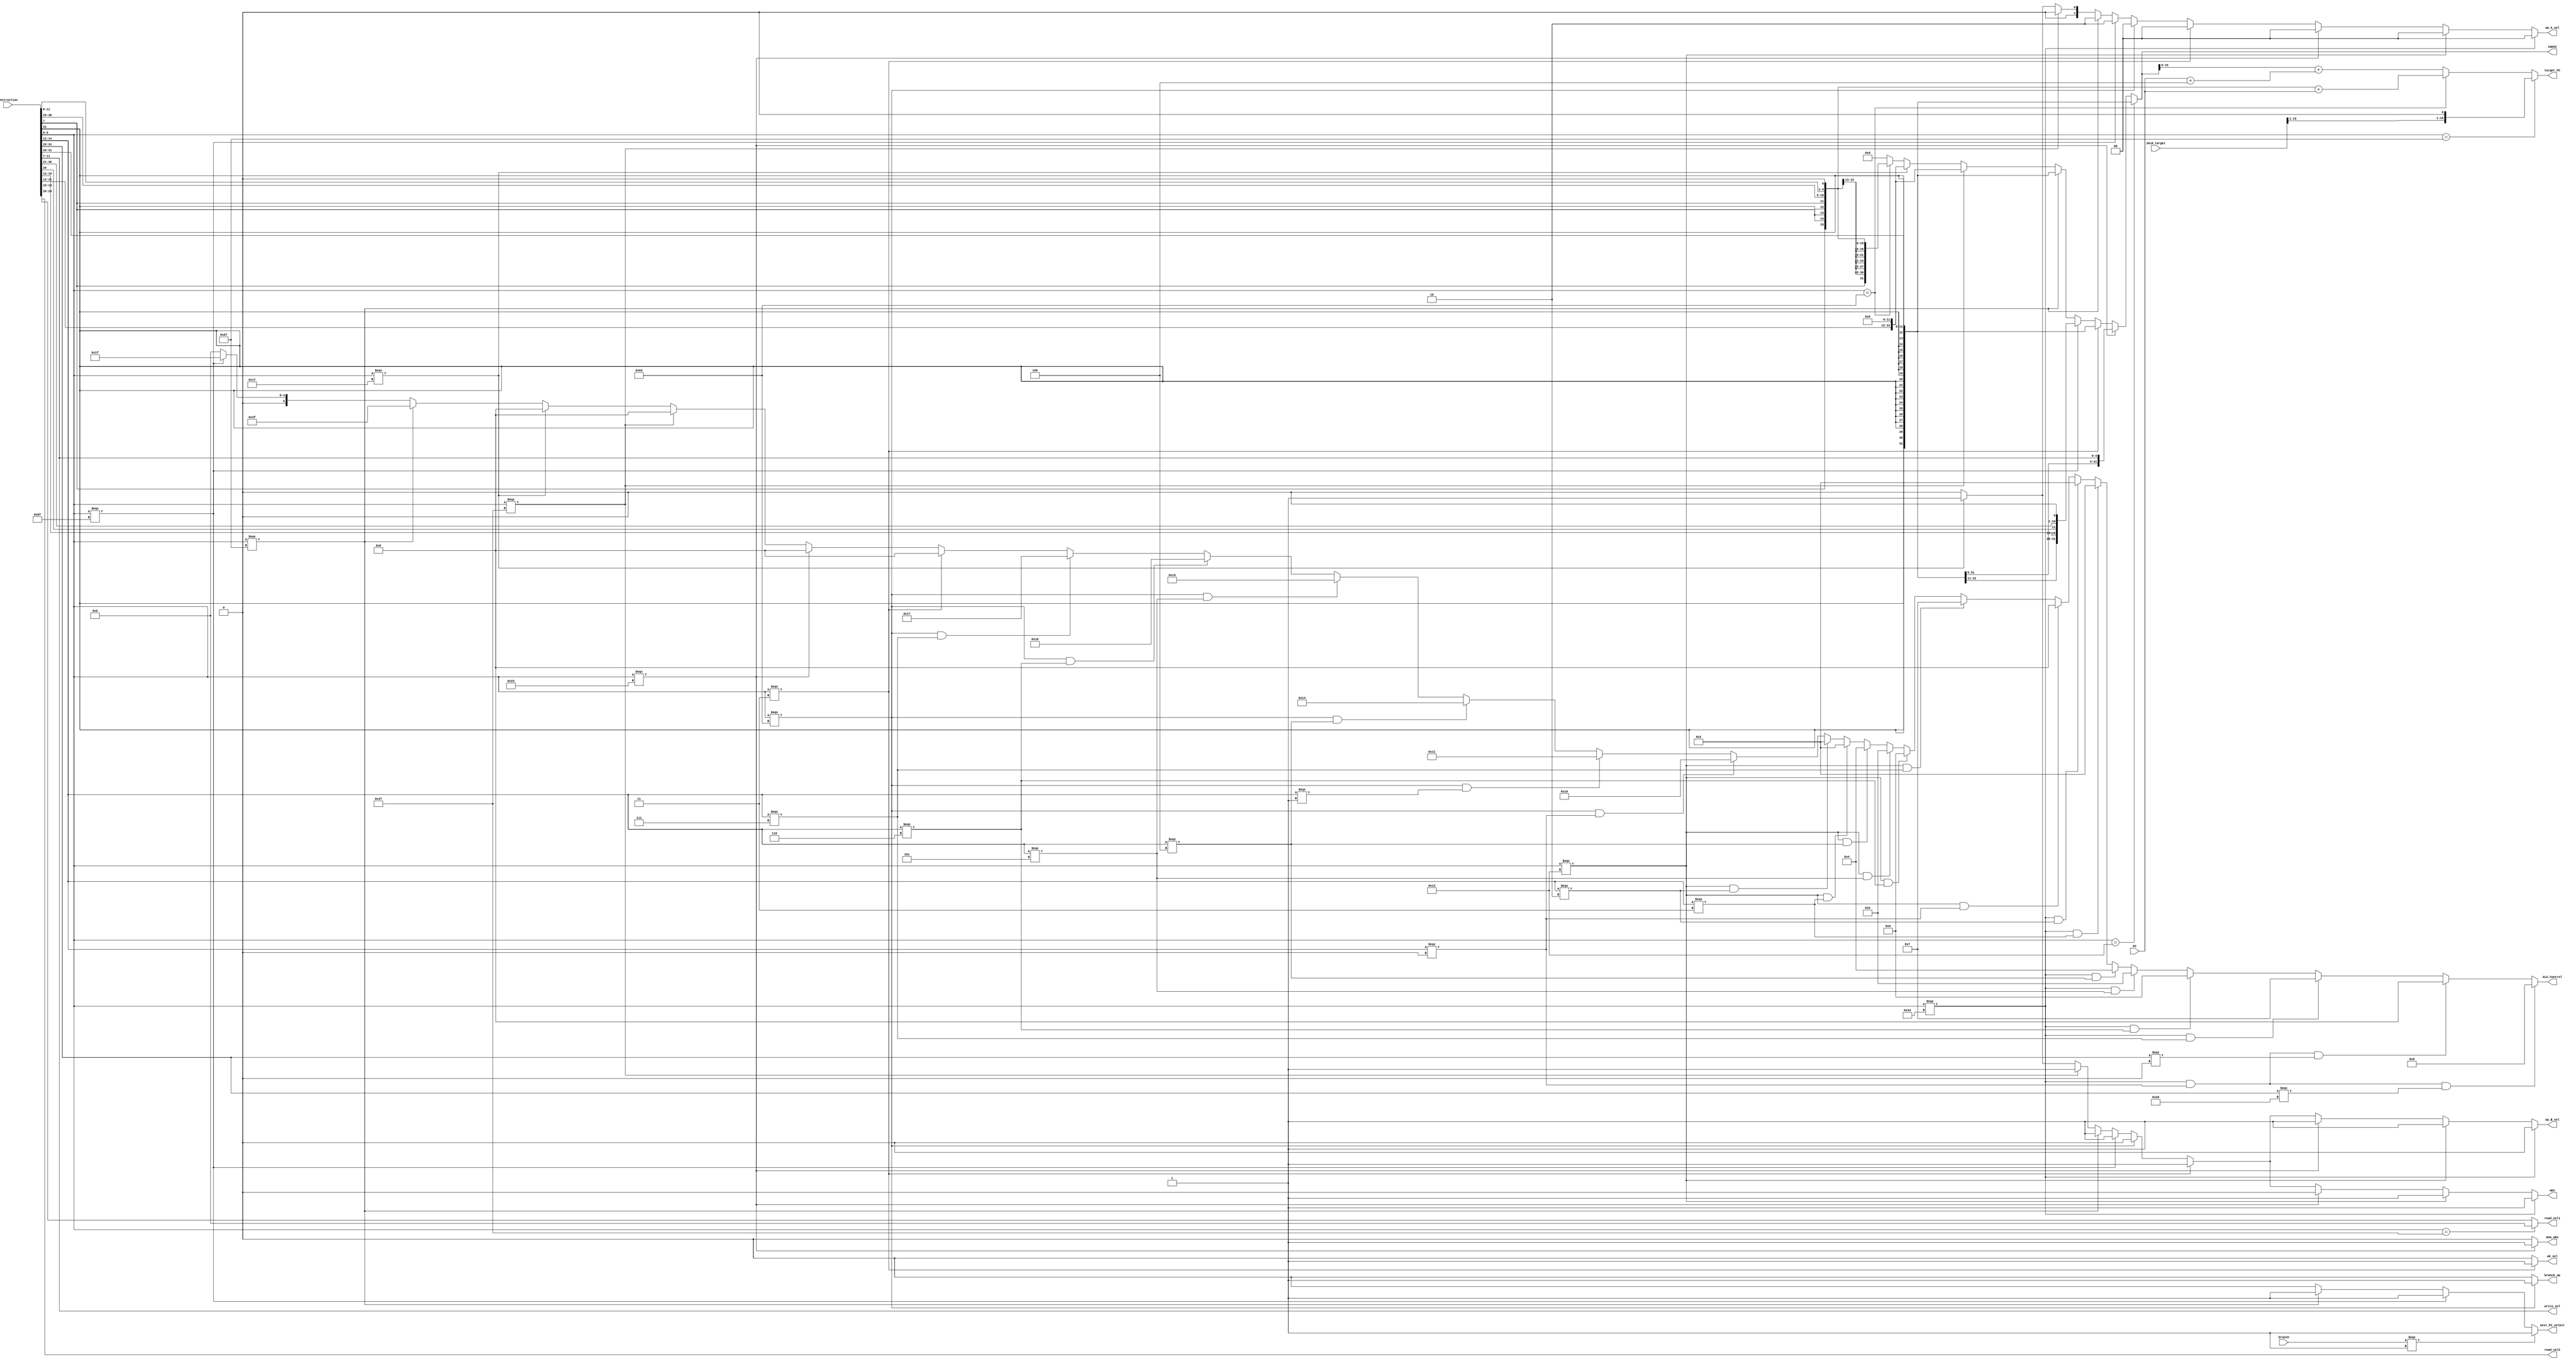
// Name: Jonathan Hall
// Pipelined RISC-V Processor


module decode #(
  parameter ADDRESS_BITS = 16  //parameters are constants, thus you cant change their value at runtime <- note 
) (
  // Inputs from Fetch
  input [ADDRESS_BITS-1:0] PC, //curent PC value
  input [31:0] instruction,   //the the 32 bit instruction we are decoding ig

  // Inputs from Execute/ALU    
  input [ADDRESS_BITS-1:0] JALR_target,  //target of JALR instruction 
  input branch,      //Result of a branch instruction, 1 means branch taken (true), 0 means not taken (false)

  // Outputs to Fetch
  output next_PC_select, //select (equivalent to PCsrc mux) 0 is PC+4, 1 is target_PC 
  output [ADDRESS_BITS-1:0] target_PC,   //selected if above is 1

  // Outputs to Reg File  - these are all inputs to Reg File
  output [4:0] read_sel1,  //read Address 1
  output [4:0] read_sel2,  //read address 2
  output [4:0] write_sel,  //write Addr
  output wEn,    //write enable

  // Outputs to Execute/ALU   - 
  output branch_op, // Tells ALU if this is a branch instruction (yes)
  output [31:0] imm32,  //the immediate
  output [1:0] op_A_sel,  //Select for the ALU operand_A input (00 for read_data_1, 01 for PC, 10 for PC+4)
  output op_B_sel,  //Select for ALU operand_B input (0 for from read Data 2, 1 for Imm32)
  output [5:0] ALU_Control, //tells ALU operation

  // Outputs to Memory
  output mem_wEn, //write to memory

  // Outputs to Writeback
  output wb_sel //1 if writeback value is read from memory 0 if writeback value comes from ALU

);

localparam [6:0]R_TYPE  = 7'b0110011, //wEn  //data2
                I_TYPE  = 7'b0010011, //wEn  //imm32
                STORE   = 7'b0100011, //NO   //imm32  //memWrite
                LOAD    = 7'b0000011, //wEn  //imm32
                BRANCH  = 7'b1100011, //NO   //data2
                JALR    = 7'b1100111, //wEn  //imm32
                JAL     = 7'b1101111,  //wEn 
                AUIPC   = 7'b0010111, //wEn
                LUI     = 7'b0110111; //wEn


// Internal Wires
wire[6:0]  s_imm_msb;
wire[4:0]  s_imm_lsb;
wire[19:0] u_imm;
wire[11:0] i_imm_orig;
wire[11:0] s_imm_orig;
wire[12:0] b_imm_orig;
wire[19:0] lui_imm;

wire[31:0] b_imm_32;
wire[31:0] u_imm_32;
wire[31:0] i_imm_32;
wire[31:0] s_imm_32;
wire[31:0] uj_imm_32;
wire[31:0] lui_imm_32;

wire [6:0] opcode;
wire [6:0] funct7;
wire [2:0] funct3;
wire [1:0] extend_sel;
wire [ADDRESS_BITS-1:0] branch_target;
wire [ADDRESS_BITS-1:0] JAL_target;


// Read registers
assign read_sel2  = instruction[24:20];
assign read_sel1  = (opcode == LUI) ? 5'b0 : instruction[19:15]; //Adding x0 to upper instruction in ALU, in order to writeback the lui_imm_32

/* Instruction decoding */
assign opcode = instruction[6:0];
assign funct7 = instruction[31:25];
assign funct3 = instruction[14:12];

/* Write register */
assign write_sel = instruction[11:7];


/******************************************************************************
*                      Start Your Code Here
******************************************************************************/

//I-type imm's
assign i_imm_orig = instruction[31:20];
assign i_imm_32 = {{20{i_imm_orig[11]}},i_imm_orig};
//S-type imm's
assign s_imm_msb = instruction[31:25];
assign s_imm_lsb = instruction[11:7];
assign s_imm_orig = {s_imm_msb, s_imm_lsb};
assign s_imm_32 = {{20{s_imm_orig[11]}},s_imm_orig};
//U-type imm's
assign u_imm = instruction[31:12];
assign u_imm_32 = { {12{u_imm[19]}},u_imm };
//Branch imm's
//Note: we have assumed that the immediate value provided for branch instructions only needs shifted left once.
assign b_imm_orig = { instruction[31], instruction[7], instruction[30:25], instruction[11:8], 1'b0 }; //shift left 1
assign b_imm_32 = { {19{b_imm_orig[11]}}, b_imm_orig }; 
//imm for JAL
assign uj_imm_32 = { {11{u_imm[19]}},{u_imm[19]},{u_imm[7:0]},{u_imm[8]},{u_imm[18:9]},1'b0 };
//imm for LUI
assign lui_imm = instruction[31:12];
assign lui_imm_32 = { lui_imm, 12'b0 };

assign next_PC_select = (branch===1) ? 1'b1:
                        (opcode===JAL) ? 1'b1:
                        (opcode===JALR) ? 1'b1:
                        1'b0;

assign wEn = (opcode === R_TYPE)? 1'b1:
             (opcode === I_TYPE)? 1'b1:
             (opcode === STORE) ? 1'b0:
             (opcode === LOAD) ? 1'b1:
             (opcode === BRANCH) ? 1'b0:
             (opcode === JAL) ? 1'b1:
             (opcode === JALR) ? 1'b1:
             (opcode === LUI) ? 1'b1:
             (opcode === AUIPC) ? 1'b1:
             1'b0;
             
assign op_B_sel= (opcode === R_TYPE)? 1'b0:
                 (opcode === I_TYPE)? 1'b1:
                 (opcode === STORE) ? 1'b1:
                 (opcode === LOAD) ? 1'b1:
                 (opcode === BRANCH) ? 1'b0:
                 (opcode === JAL) ? 1'b1:
                 (opcode === JALR) ? 1'b1:
                 (opcode === LUI) ? 1'b1:
                 (opcode === AUIPC) ? 1'b1:
                 1'b0;
                 
assign op_A_sel = (opcode === R_TYPE)? 2'b00:
             (opcode === I_TYPE)? 2'b00:
             (opcode === STORE) ? 2'b00:
             (opcode === LOAD) ? 2'b00:
             (opcode === BRANCH) ? 2'b00:
             (opcode === JAL) ? 2'b10:      //put PC+4 in rd
             (opcode === JALR) ? 2'b10:     //put PC+4 in rd
             (opcode === LUI) ? 2'b00:      //Select x0
             (opcode === AUIPC) ? 2'b01:
              2'b00;
              
assign branch_op= (opcode === BRANCH) ? 1'b1: //tell ALU this is a branch instruction
             1'b0;
             
assign mem_wEn = (opcode === STORE) ? 1'b1: //only store to memory if mem_wEn is 1
             1'b0;
             
assign wb_sel = (opcode === LOAD) ? 1'b1: //only write back from memory if LOAD instruction
             1'b0;
             
assign imm32 = (opcode == I_TYPE) ? i_imm_32:
               (opcode === STORE) ? s_imm_32:
               (opcode === LOAD) ?  i_imm_32:
               (opcode === JAL) ? uj_imm_32:
               (opcode === JALR) ? i_imm_32:
               (opcode === LUI) ? lui_imm_32:
               (opcode === AUIPC) ? lui_imm_32:
               (opcode == BRANCH) ? b_imm_32:
               32'b0;

    
assign ALU_Control = (opcode === R_TYPE & funct3 === 3'b000 & funct7 === 7'b0100000) ? 6'b001000: //SUB
                     (opcode === R_TYPE & funct3 === 3'b000 & funct7 === 7'b0000000) ? 6'b000000: //ADD
                     (opcode === R_TYPE & funct3 === 3'b111) ? 6'b000111:  //AND
                     (opcode === R_TYPE & funct3 === 3'b110) ? 6'b000110: //OR
                     (opcode === R_TYPE & funct3 === 3'b101) ? 6'b000101: //SRL
                     (opcode === R_TYPE & funct3 === 3'b100) ? 6'b000100: //XOR
                     (opcode === R_TYPE & funct3 === 3'b011) ? 6'b000010: //SLTU
                     (opcode === R_TYPE & funct3 === 3'b010) ? 6'b000010: // SLT
                     (opcode === I_TYPE & funct3 === 3'b000) ? 6'b000000: //ADDI
                     (opcode === I_TYPE & funct3 === 3'b111) ? 6'b000111: //ANDI
                     (opcode === I_TYPE & funct3 === 3'b110) ? 6'b000110: //ORI
                     (opcode === I_TYPE & funct3 === 3'b101) ? 6'b000101: // SRLI
                     (opcode === I_TYPE & funct3 === 3'b100) ? 6'b000100: //XORI
                     (opcode === I_TYPE & funct3 === 3'b011) ? 6'b000010: //SLTUI
                     (opcode === I_TYPE & funct3 === 3'b010) ? 6'b000010: //SLTI
                     (opcode === BRANCH & funct3 === 3'b000) ? 6'b010000: //BEQ
                     (opcode === BRANCH & funct3 === 3'b001) ? 6'b010001: //BNE
                     (opcode === BRANCH & funct3 === 3'b100) ? 6'b010100: //BLT
                     (opcode === BRANCH & funct3 === 3'b101) ? 6'b010101: //BGE
                     (opcode === BRANCH & funct3 === 3'b110) ? 6'b010110: //BLTU
                     (opcode === BRANCH & funct3 === 3'b111) ? 6'b010111: //BGEU
                     opcode === LOAD ? 6'b000000:   //load is just an add
                     opcode === STORE ? 6'b000000: //store is just an add
                     opcode === LUI ? 6'b000000:   //Load upper imm is just an add
                     opcode === AUIPC ? 6'b000000: //AUIPC is just an add
                     opcode === JALR ? 6'b111111:  //pass data A through
                     opcode === JAL ? 6'b011111:   //pass data A through
                     6'b000000;           

//assignment statement for TARGET_PC
assign target_PC = (opcode == JALR) ? {{JALR_target[15:1]}, 1'b0}: //targetPC for JALR instructions (PC + RS1) 
                    (opcode == BRANCH) ? b_imm_32 + PC:
                    imm32 + (PC+4);
            
endmodule